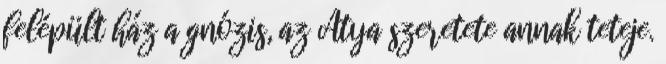
felépült ház a gnózis, az Atya szeretete annak teteje.